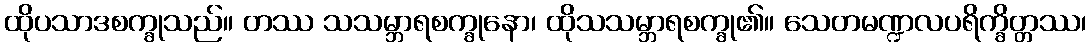
ထိုပသာဒစက္ခုသည်။ တဿ သသမ္ဘာရစက္ခုနော၊ ထိုသသမ္ဘာရစက္ခု၏။ သေတမဏ္ဍလပရိက္ခိတ္တဿ၊